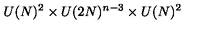
U ( N ) ^ { 2 } \times U ( 2 N ) ^ { n - 3 } \times U ( N ) ^ { 2 }